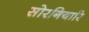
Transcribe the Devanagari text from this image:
सोरगियारि